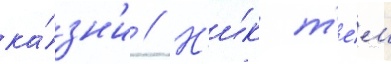
ка́зн'и // Н'и́к т'е́м